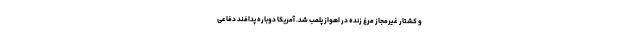
و کشتار غیرمجاز مرغ زنده در اهواز پلمب شد. آمریکا دوباره پدافند دفاعی